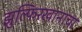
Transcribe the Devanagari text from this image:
झुल्फिरखानाचा